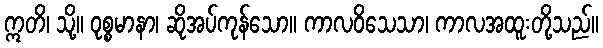
ဣတိ၊ သို့။ ဝုစ္စမာနာ၊ ဆိုအပ်ကုန်သော။ ကာလဝိသေသာ၊ ကာလအထူးတို့သည်။